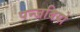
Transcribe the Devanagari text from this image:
पन्जबियो